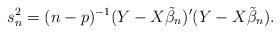
LaTeX: \begin{align*}s_n^2 = (n-p)^{-1}(Y-X\tilde{\beta}_n)'(Y-X\tilde{\beta}_n).\end{align*}